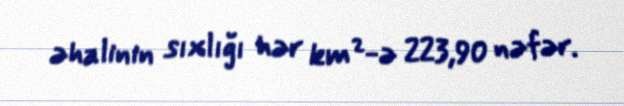
əhalinin sıxlığı hər km²-ə 223,90 nəfər.